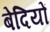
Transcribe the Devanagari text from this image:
बेदियों